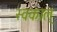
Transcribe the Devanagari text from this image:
स्वकाल्